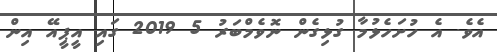
އެވެ. އެ ހުށަހެޅުމާ ގުޅިގެން ނޮވެމްބަރު 5 2019 ގައި އީޕީއޭ އިން